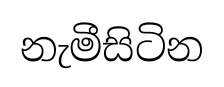
නැමීසිටින